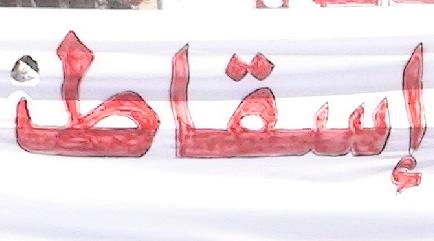
إسقاطا